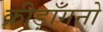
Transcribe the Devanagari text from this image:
क्रीड़ाँगनो